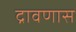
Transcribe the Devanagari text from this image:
द्रावणास